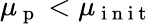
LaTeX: \mu_{\mathrm{~p~}}<\mu_{\mathrm{~i~n~i~t~}}